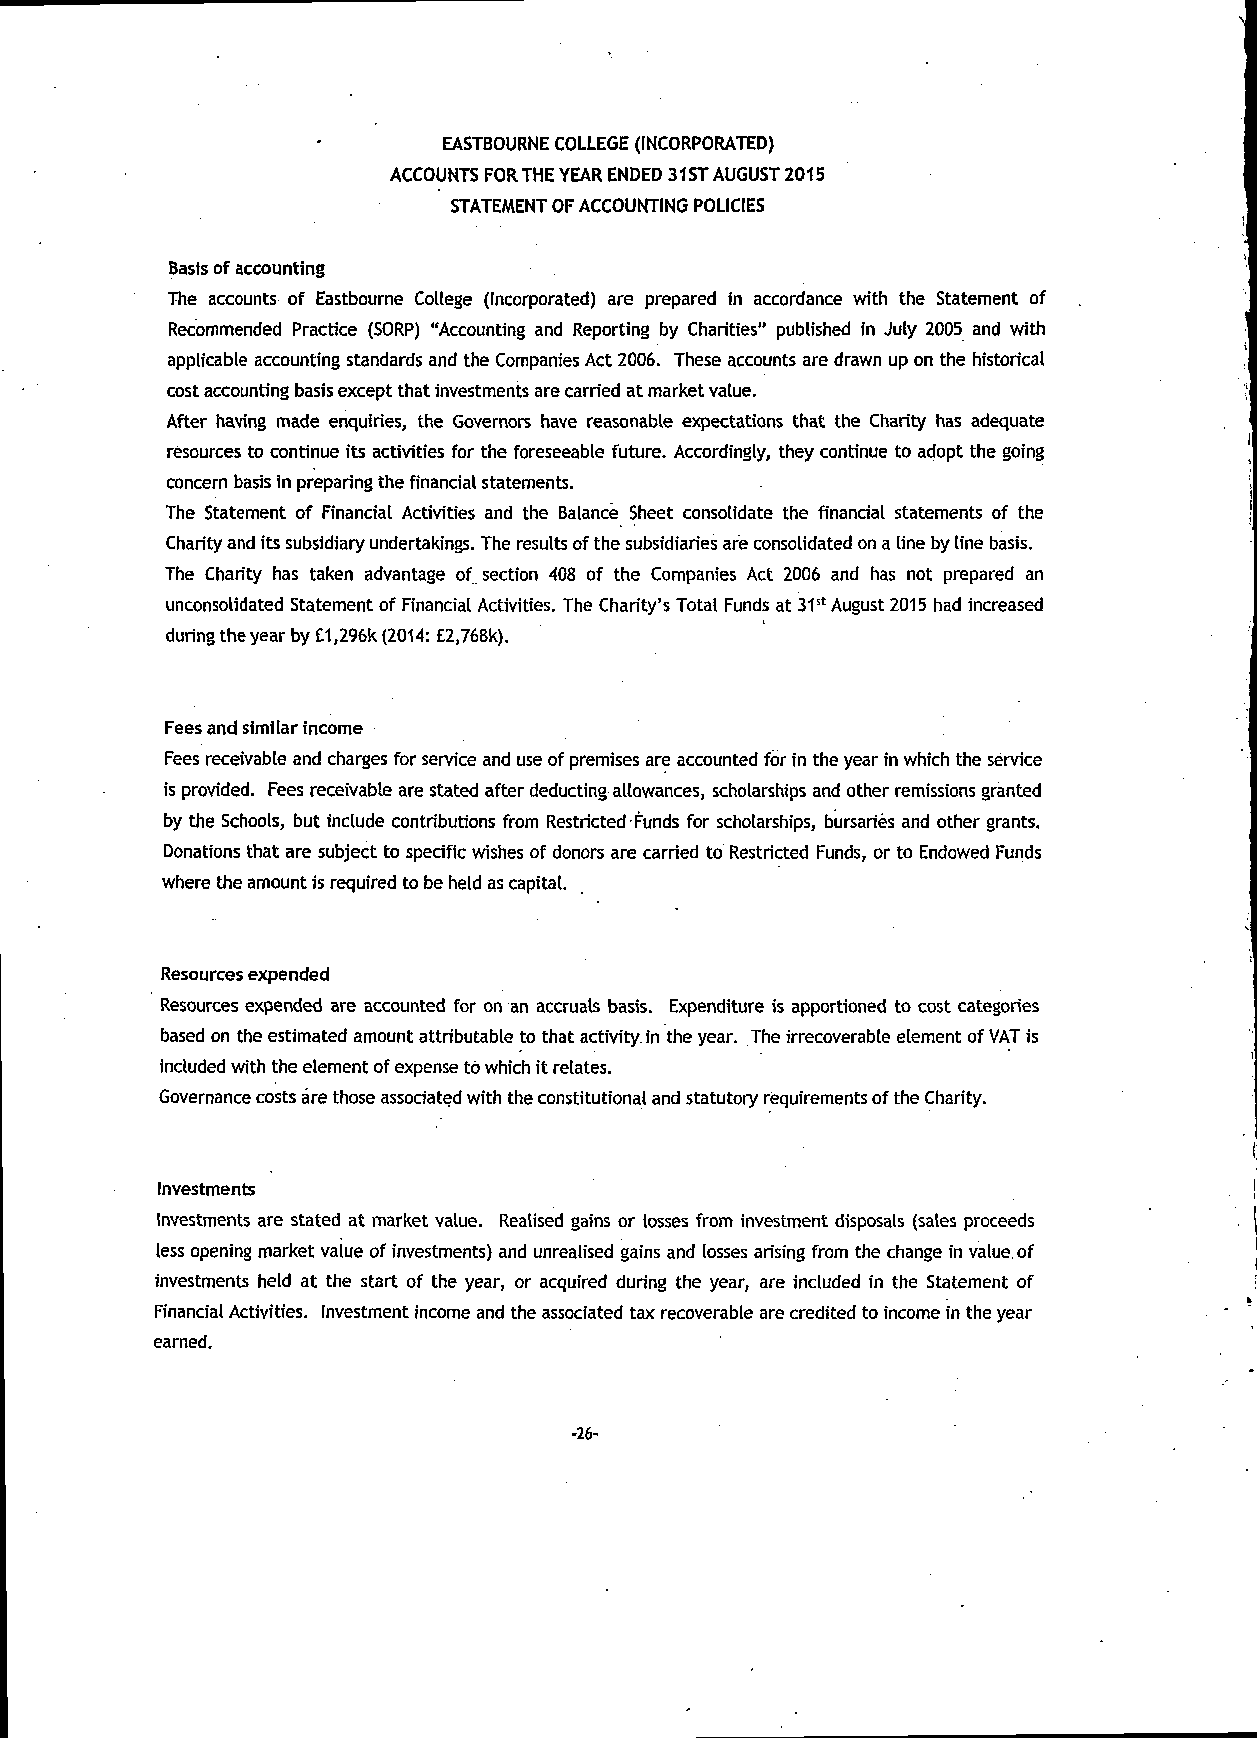
EASTBOURNE COLLEGE (INCORPORATED)
 ACCOUNTS FORTHE YEAR ENDED 31 ST AUGUST 2015
 STATEMENT OF ACCOUNTING POLICIES
 Basis of accounting
 The accounts of Eastbourne College (Incorporated) are prepared in accordance with the Statement of
 Recommended Practice (SORP) "Accounting and Reporting by Charities" published in July 2005 and with
 applicable accounting standards and the Companies Act 2006. These accounts are drawn up on the historical
 cost accounting basis except that investments are carried at market value.
 After having made enquiries, the Governors have reasonable expectations that the Charity has adequate
 resources to continue its activities for the foreseeable future. Accordingly, they continue to adopt the going
 concern basis in preparing the financial statements.
 The Statement of Financial Activities and the Balance Sheet consolidate the financial statements of the
 Charity and its subsidiary undertakings. The results of the subsidiaries are consolidated on a line by line basis.
 The Charity has taken advantage of section 408 of the Companies Act 2006 and has not prepared an
 unconsolidated Statement of Financial Activities. The Charity's Total Funds at 31st August 2015 had increased
 during the year by £1,296k (2014: £2,768k).
 Fees and similar income
 Fees receivable and charges for service and use of premises are accounted for in the year in which the service
 is provided. Fees receivable are stated after deducting allowances, scholarships and other remissions granted
 by the Schools, but include contributions from Restricted Funds for scholarships, bursaries and other grants.
 Donations that are subject to specific wishes of donors are carried to Restricted Funds, or to Endowed Funds
 where the amount is required to be held as capital.
 Resources expended
 Resources expended are accounted for on an accruals basis. Expenditure is apportioned to cost categories
 based on the estimated amount attributable to that activity, in the year. The irrecoverable element of VAT is
 included with the element of expense to which it relates.
 Governance costs are those associated with the constitutional and statutory requirements of the Charity.
 Investments
 Investments are stated at market value. Realised gains or losses from investment disposals (sales proceeds
 less opening market value of investments) and unrealised gains and losses arising from the change in value, of
 investments held at the start of the year, or acquired during the year, are included in the Statement of
 Financial Activities. Investment income and the associated tax recoverable are credited to income in the year
 earned.
 -26-